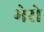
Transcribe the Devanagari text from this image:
भेरो